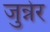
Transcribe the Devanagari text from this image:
जुन्नेर